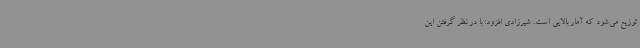
توزیع می‌شود که آمار بالایی است. شیرزادی افزود: با در نظر گرفتن این